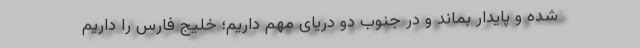
شده و پایدار بماند و در جنوب دو دریای مهم داریم؛ خلیج فارس را داریم